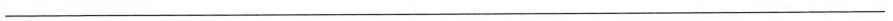
___